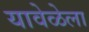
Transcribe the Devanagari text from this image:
यावेळेला